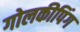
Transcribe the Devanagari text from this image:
गोलकीपिंग